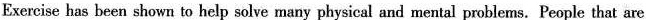
Exercise has been shown to help solve many physical and mental problems. People that are